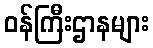
ဝန်ကြီးဌာနများ